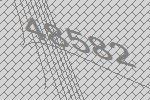
48582